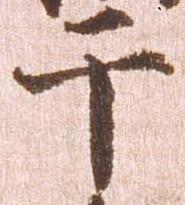
于